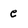
Character: e